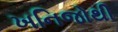
ખનિજોથી